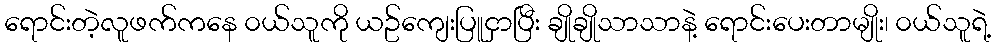
ရောင်းတဲ့လူဖက်ကနေ ၀ယ်သူကို ယဥ်ကျေးပြူငှာပြီး ချိုချိုသာသာနဲ့ ရောင်းပေးတာမျိုး၊ ၀ယ်သူရဲ့